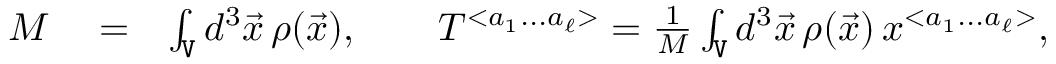
\begin{array} { r l r } { M } & { { } = } & { \int _ { \tt V } d ^ { 3 } { \vec { x } } \, \rho ( { \vec { x } } ) , \qquad { \cal T } ^ { < a _ { 1 } . . . a _ { \ell } > } = \frac { 1 } { M } \int _ { \tt V } d ^ { 3 } { \vec { x } } \, \rho ( { \vec { x } } ) \, x ^ { < a _ { 1 } . . . a _ { \ell } > } , } \end{array}